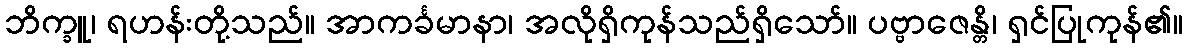
ဘိက္ခူ၊ ရဟန်းတို့သည်။ အာကင်္ခမာနာ၊ အလိုရှိကုန်သည်ရှိသော်။ ပဗ္ဗာဇေန္တိ၊ ရှင်ပြုကုန်၏။